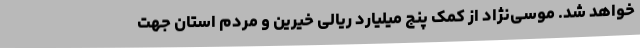
خواهد شد. موسی‌نژاد از کمک پنج میلیارد ریالی خیرین و مردم استان جهت